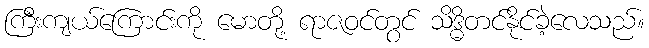
ကြီးကျယ်ကြောင်းကို မောတို့ ရာဇဝင်တွင် သိဒ္ဓိတင်နိုင်ခဲ့လေသည်။